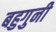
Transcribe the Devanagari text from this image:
बहुगुनी